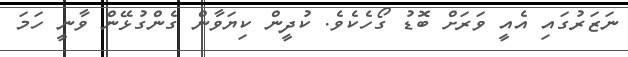
ނަޒަރުގައި އެއީ ވަރަށް ބޮޑު ގޯހެކެވެ. ކުދީން ކިޔަވާން ގެންގުޅޭން ވާނީ ހަމަ